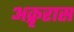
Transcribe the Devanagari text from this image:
अक्रृरास